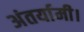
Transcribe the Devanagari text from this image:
अंतर्यामी।